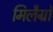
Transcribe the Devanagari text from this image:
मिलैग्रो